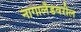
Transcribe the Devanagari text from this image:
नागालँडवरील